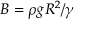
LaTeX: B = \rho g R ^ { 2 } / \gamma